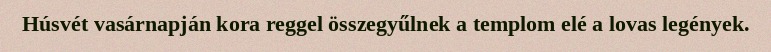
Húsvét vasárnapján kora reggel összegyűlnek a templom elé a lovas legények.